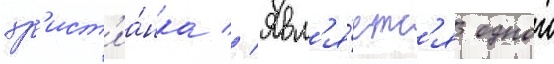
хр'ист'иа́нка // Явл'я́етс'я однои